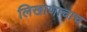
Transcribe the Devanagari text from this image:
लिखाणाचाच